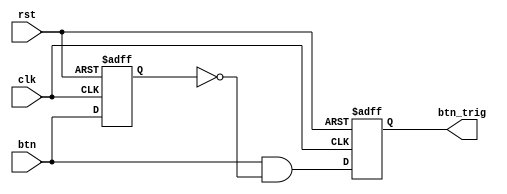
`timescale 1ns / 1ps
//////////////////////////////////////////////////////////////////////////////////
// Company: 
// Engineer: 
// 
// Design Name: 
// Module Name: oneshot_universal
// Project Name: 
// Target Devices: 
// Tool Versions: 
// Description: 
// 
// Dependencies: 
// 
// Revision:
// Revision 0.01 - File Created
// Additional Comments:
// 
//////////////////////////////////////////////////////////////////////////////////


module oneshot_universal(clk, rst, btn, btn_trig);

parameter WIDTH = 1;
input clk, rst;
input[WIDTH-1:0] btn;
reg[WIDTH-1:0] btn_reg;
output reg[WIDTH-1:0] btn_trig;

always @(negedge rst or posedge clk) begin
    if(!rst) begin
        btn_reg <= {WIDTH{1'b0}};
        btn_trig <= {WIDTH{1'b0}};
    end
    else begin
        btn_reg <= btn;
        btn_trig <= btn & ~btn_reg;
    end
end

endmodule